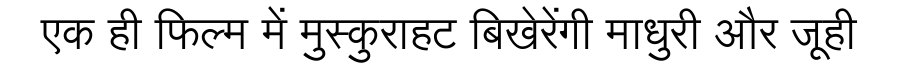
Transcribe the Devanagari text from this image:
एक ही फिल्म में मुस्कुराहट बिखेरेंगी माधुरी और जूही